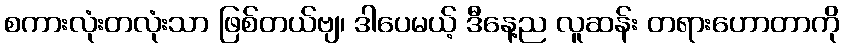
စကားလုံးတလုံးသာ ဖြစ်တယ်ဗျ၊ ဒါပေမယ့် ဒီနေ့ည လူဆန်း တရားဟောတာကို